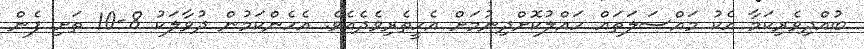
ބުއްދިވެރިކަމާ އެކު މައްސަލަތައް ހައްލުކޮށްދިނުމަށް އެހީތެރިވެދެއެވެ. އެހެންކަމުން ދުވާލަކު 8-10 ތަށި ފެން